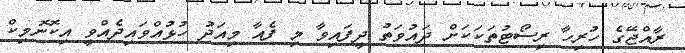
ރާއްޖޭގެ ހުރިހާ ރިސޯޓުތަކަކަށް ދައުވަތު ދީފައިވާ މި ފެއާ މިއަދު ހުޅުއްވައިދެއްވީ އިކޮނޮމިކް